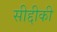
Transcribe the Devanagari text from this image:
सीद्दीकी